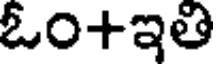
ఓం+ఇతి